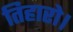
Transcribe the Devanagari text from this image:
तिहारो।